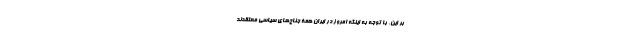
بر این، با توجه به اینکه امروز در ایران همۀ جناح‌های سیاسی معتقدند